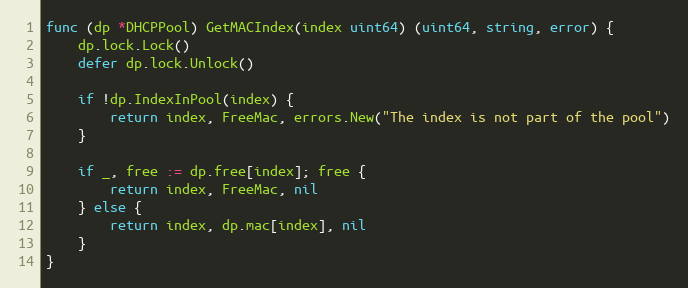
Language: Go
func (dp *DHCPPool) GetMACIndex(index uint64) (uint64, string, error) {
	dp.lock.Lock()
	defer dp.lock.Unlock()

	if !dp.IndexInPool(index) {
		return index, FreeMac, errors.New("The index is not part of the pool")
	}

	if _, free := dp.free[index]; free {
		return index, FreeMac, nil
	} else {
		return index, dp.mac[index], nil
	}
}